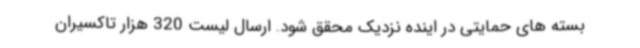
بسته های حمایتی در اینده نزدیک محقق شود. ارسال لیست 320 هزار تاکسیران